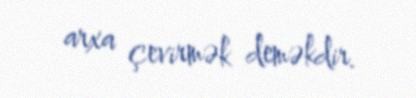
arxa çevirmək deməkdir.